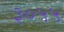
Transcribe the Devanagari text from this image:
३०५५